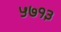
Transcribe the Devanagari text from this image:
५७१३